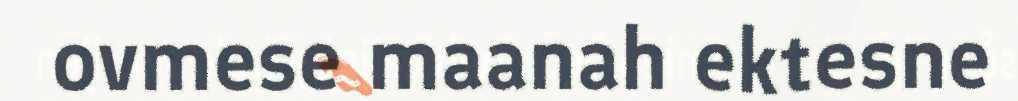
ovmese maanah ektesne